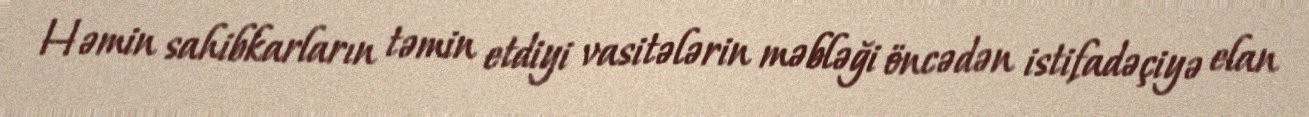
Həmin sahibkarların təmin etdiyi vasitələrin məbləği öncədən istifadəçiyə elan